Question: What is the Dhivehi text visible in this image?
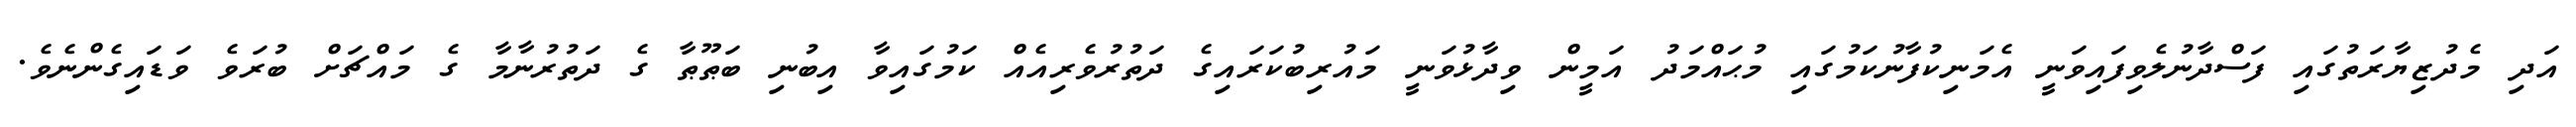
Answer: އަދި މެދުޒިޔާރަތުގައި ފަސްދާނުލެވިފައިވަނީ އެމަނިކުފާނުކަމުގައި މުޙައްމަދު އަމީން ވިދާޅުވަނީ މައުރިބުކަރައިގެ ދަތުރުވެރިއެއް ކަމުގައިވާ އިބުނި ބަޠޫޠާ ގެ ދަތުރުނާމާ ގެ މައްޗަށް ބުރަވެ ވަޑައިގެންނެވެ.